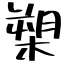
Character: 槊